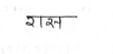
मजकूर: रास